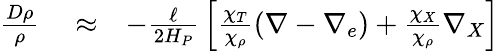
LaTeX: \begin{array}{rlr}{{\frac{D\rho}{\rho}}}&{{}\approx}&{-{\frac{\ell}{2H_{P}}}\left[{\frac{\chi_{T}}{\chi_{\rho}}}(\nabla-\nabla_{e})+{\frac{\chi_{X}}{\chi_{\rho}}}\nabla_{X}\right]}\end{array}